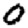
Digit: 0